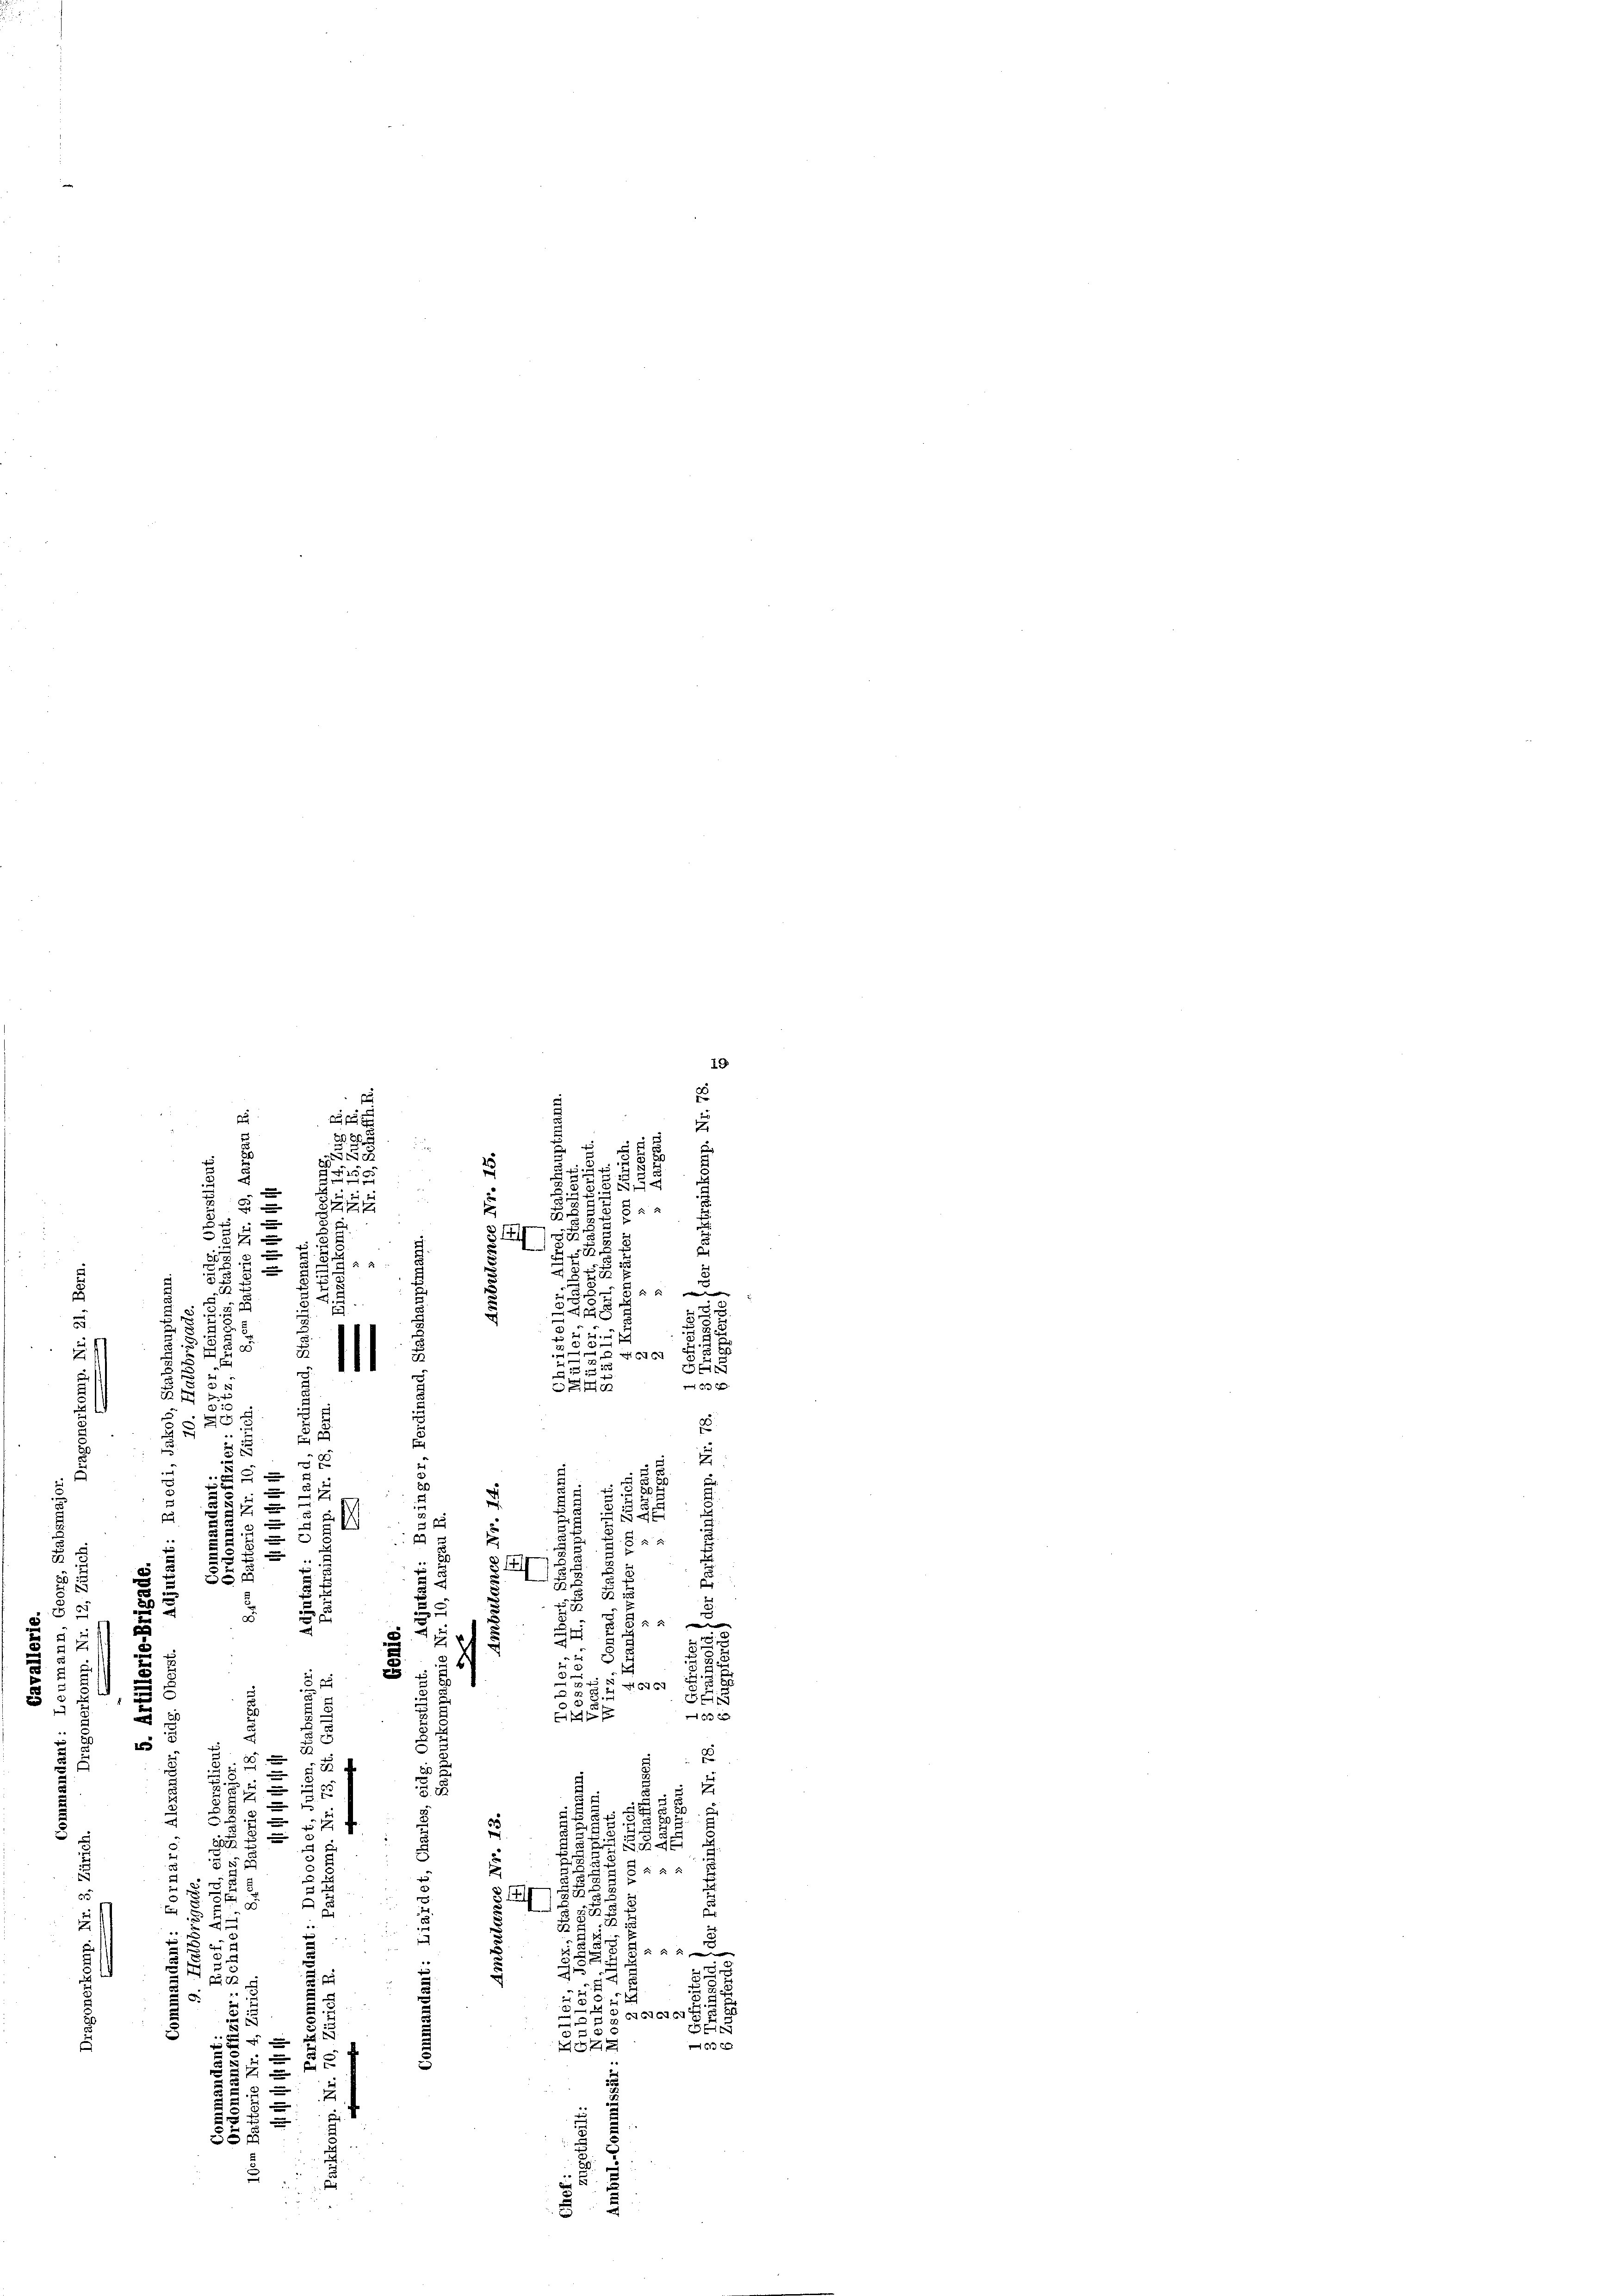
19
t
2

58
2150
5
2
8

5. 8
87
.
5
u

.
2
1228
.

22
e
2

r

u
.

.
e
e
d
2
H CG
¬
,
e
.
5
6 x
.
.
21 2
g
55
e
2
.

.
2
i

e
d
¬
u
5
2
.
ruch
.
2
¬
5
2
i
2
.

5
2
E
7
.
5
§ 1
2
B
s
S8§ 3.
2
2

23

2
1
2
.

2
ve
2
2
x
8
u
.
a
u
u
2
5.
8
5

d

.
3
 x

u

25
2
d
i
x
s
x
e
i

2
1
89
.
.
x
S
i
5
u
.
2
24.
u
8
e

8
.
 55 x
 f 8 x
x

F
2
6

S. 1
u
.
.
.
s
25
i
8x
5

2
h

7
35
2
25

1
.
.
.
1
2

u
 64676769
2
u

5.
h
x
BZ
s
§ 5

2
u
e
u
21)
55 x
2

.
s
e